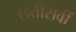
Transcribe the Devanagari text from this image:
छत्तीसवीं